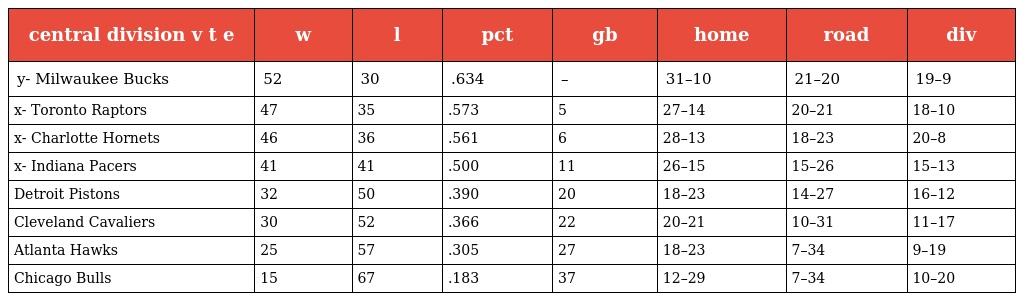
| central division v t e | w | l | pct | gb | home | road | div |
 | --- | --- | --- | --- | --- | --- | --- | --- |
 | y- Milwaukee Bucks | 52 | 30 | .634 | – | 31–10 | 21–20 | 19–9 |
 | x- Toronto Raptors | 47 | 35 | .573 | 5 | 27–14 | 20–21 | 18–10 |
 | x- Charlotte Hornets | 46 | 36 | .561 | 6 | 28–13 | 18–23 | 20–8 |
 | x- Indiana Pacers | 41 | 41 | .500 | 11 | 26–15 | 15–26 | 15–13 |
 | Detroit Pistons | 32 | 50 | .390 | 20 | 18–23 | 14–27 | 16–12 |
 | Cleveland Cavaliers | 30 | 52 | .366 | 22 | 20–21 | 10–31 | 11–17 |
 | Atlanta Hawks | 25 | 57 | .305 | 27 | 18–23 | 7–34 | 9–19 |
 | Chicago Bulls | 15 | 67 | .183 | 37 | 12–29 | 7–34 | 10–20 |